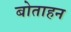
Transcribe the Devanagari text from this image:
बोताहन